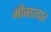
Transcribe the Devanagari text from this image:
मीनारदार